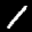
Label: 1